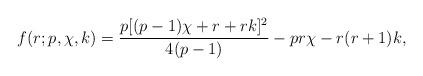
LaTeX: \begin{align*} f(r;p,\chi,k)=\frac{p[(p-1)\chi+r+rk]^2}{4(p-1)} -pr\chi-r(r+1)k, \end{align*}